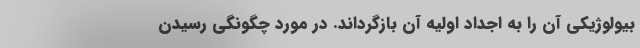
بیولوژیکی آن را به اجداد اولیه آن بازگرداند. در مورد چگونگی رسیدن